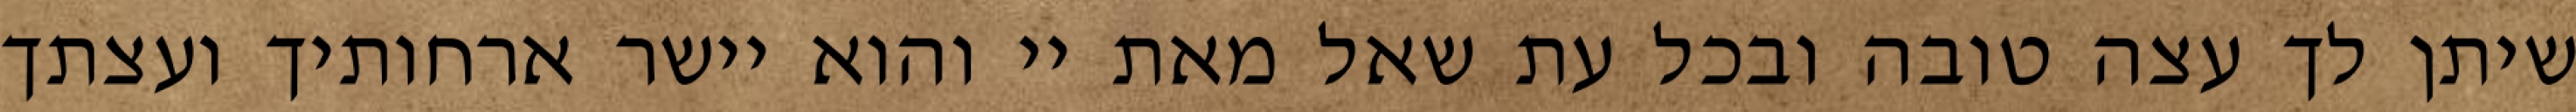
שיתן לך עצה טובה ובכל עת שאל מאת יי והוא יישר ארחותיך ועצתך